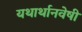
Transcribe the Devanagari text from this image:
यथार्थानवेषी